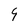
Character: 9